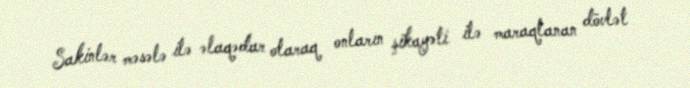
Sakinlər məsələ ilə əlaqədar olaraq onların şikayəti ilə maraqlanan dövlət